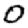
Digit: 0